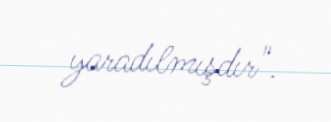
yaradılmışdır".